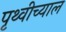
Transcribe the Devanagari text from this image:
पृथ्वीच्याल